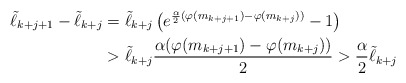
\begin{align*}\tilde \ell_{k+j+1} - \tilde \ell_{k+j} &= \tilde \ell_{k+j}\left( e^{ \frac\alpha2 ( \varphi(m_{k+j+1})- \varphi(m_{k+j})) } -1 \right) \\&> \tilde \ell_{k+j} \frac{\alpha( \varphi(m_{k+j+1})- \varphi(m_{k+j})) }{2} > \frac{\alpha}{2} \tilde \ell_{k+j} \end{align*}